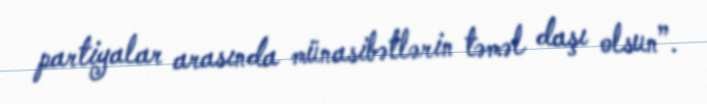
partiyalar arasında münasibətlərin təməl daşı olsun”.